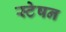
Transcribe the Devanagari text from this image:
स्टेषन